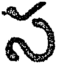
స